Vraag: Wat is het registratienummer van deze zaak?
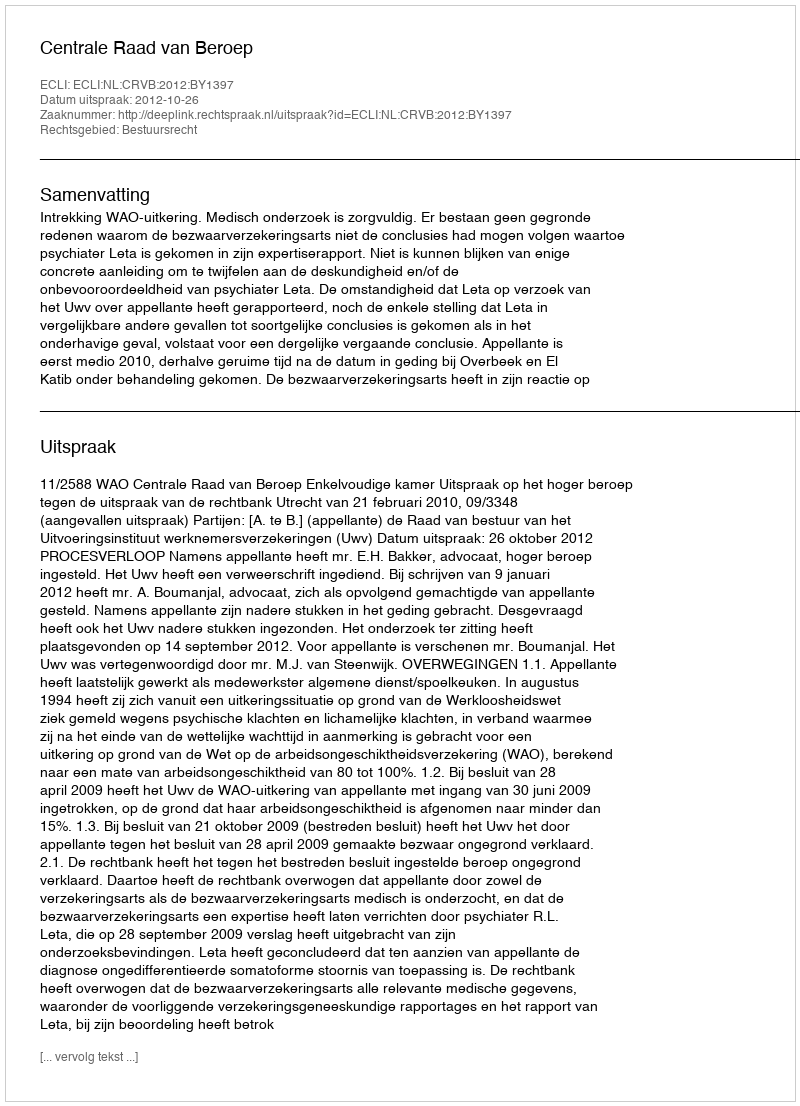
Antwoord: http://deeplink.rechtspraak.nl/uitspraak?id=ECLI:NL:CRVB:2012:BY1397